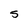
Character: 5